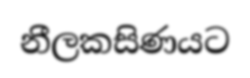
නීලකසිණයට